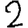
Digit: 2